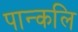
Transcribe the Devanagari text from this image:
पान्कलि